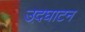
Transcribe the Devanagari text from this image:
उद़घाटन